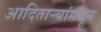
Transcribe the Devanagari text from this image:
आदितार्‍यांमधून